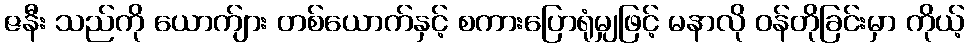
ဇနီး သည်ကို ယောက်ျား တစ်ယောက်နှင့် စကားပြောရုံမျှဖြင့် မနာလို ဝန်တိုခြင်းမှာ ကိုယ့်